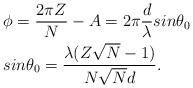
LaTeX: \begin{align*}&\phi=\frac{2\pi Z}{N}-A=2\pi\frac{d}{\lambda}{sin}\theta_0\\&{sin}\theta_0=\frac{\lambda(Z\sqrt{N}-1)}{N\sqrt{N}d}.\end{align*}